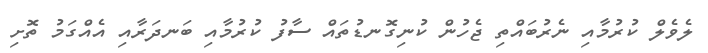
ލެވެލް ކުރުމާއި ނެރުބައްތި ޖެހުން ކުނިގޮނޑުތައް ސާފު ކުރުމާއި ބަނދަރާއި އެއްގަމު ތޮށި